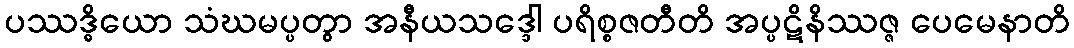
ပဿဒ္ဓိယော သံဃမပ္ပတွာ အနီယသဒ္ဒေါ ပရိစ္စဇတီတိ အပ္ပဋိနိဿဇ္ဇ ပေမေနာတိ